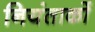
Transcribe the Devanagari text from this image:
नियंताकों